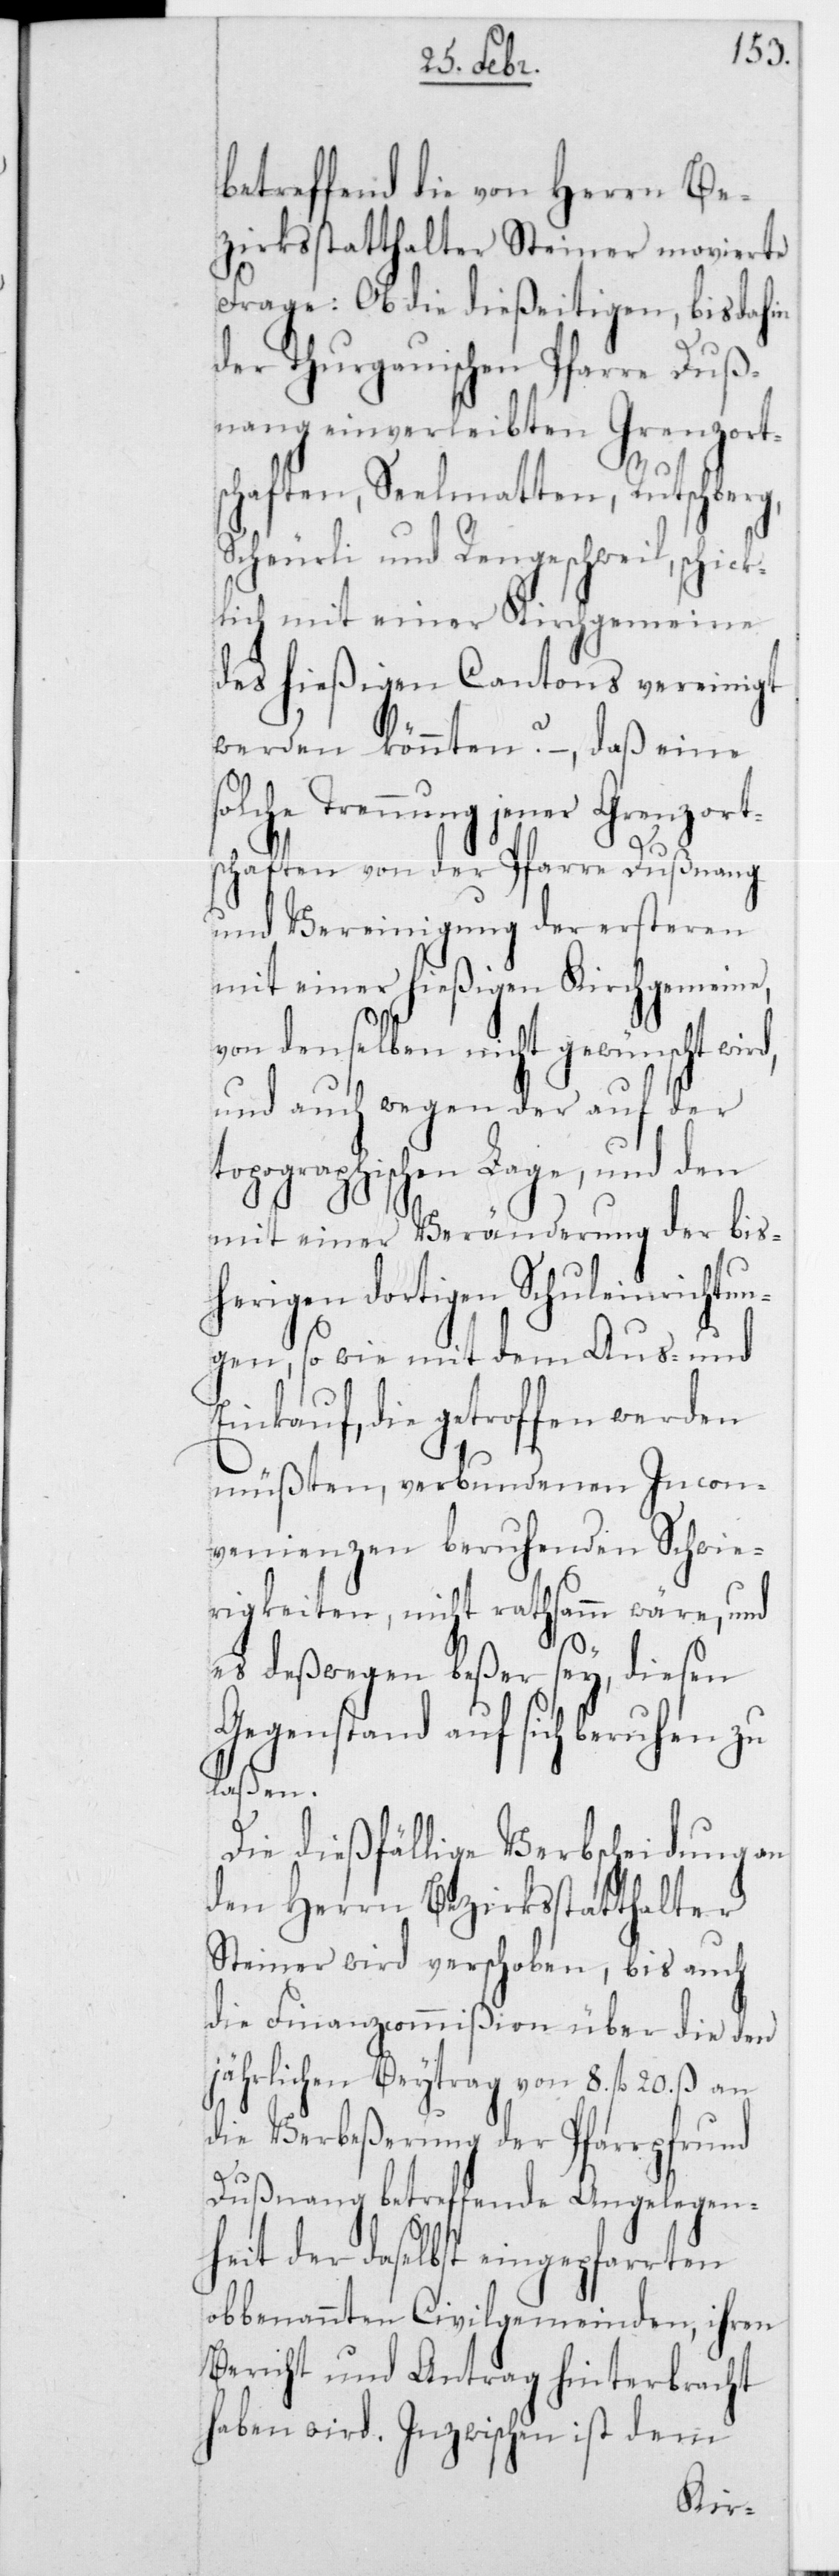
betreffend die von Herrn Be¬
zirksstatthalter Steiner movierte
Frage: Ob die dießeitigen, bisdahin
der Thurgauischen Pfarre Duß¬
nang einverleibten Grenzort¬
schaften, Seelmatten, Rutschberg,
Scheurli und Rengeschweil, schick¬
lich mit einer Kirchgemein[d]e
des hießigen Cantons vereinigt
werden könnten? – daß eine s¬
olche Trennung jener Grenzort¬
schaften von der Pfarre Dußnang
und Vereinigung der ersteren
mit einer hießigen Kirchgemein[d]e
von denselben nicht gewünscht
und auch wegen der auf der
topographischen Lage, und den
mit einer Veränderung der bis¬
herigen dortigen Schuleinrichtu¬
ngen, so wie mit dem Aus- und
Einkauf, die getroffen werden
müßten, verbundenen Incon¬
venienzen beruhenden Schwie¬
rigkeiten, nicht rathsam wäre, und
es deßwegen beßer sey, diesen
Gegenstand auf sich beruhen zu
laßen.
Die dießfällige Verbscheidung an
den Herrn Bezirksstatthalter
Steiner wird verschoben, bis auch
die Finanzcommißion über die den
jährlichen Beytrag von 8 fl. 20 ß an
die Verbeßerung der Pfarrpfrund
Dußnang betreffende Angelegen¬
heit der daselbst eingepfarrten
obbenannten Civilgemeinden, ihren
Bericht und Antrag hinterbracht
haben wird. Inzwischen ist dem